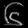
Digit: ၆